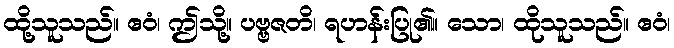
ထို့သူသည်။ ဧဝံ၊ ဤသို့။ ပဗ္ဗဇတိ၊ ရဟန်းပြု၏။ သော၊ ထိုသူသည်။ ဧဝံ၊